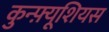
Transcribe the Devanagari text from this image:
कुन्फ़्यूशियस